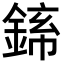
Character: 𬫪